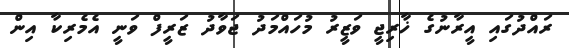
ރައްދުގައި އީރާނުގެ ޚާރިޖީ ވަޒީރު މުހައްމަދު ޖަވާދު ޒަރީފް ވަނީ އެމެރިކާ އިން